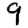
Digit: 9